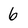
Character: 6